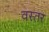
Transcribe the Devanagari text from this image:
वस्तर